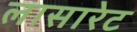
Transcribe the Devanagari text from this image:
लासारेट